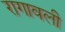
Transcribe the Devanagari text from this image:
रागावली